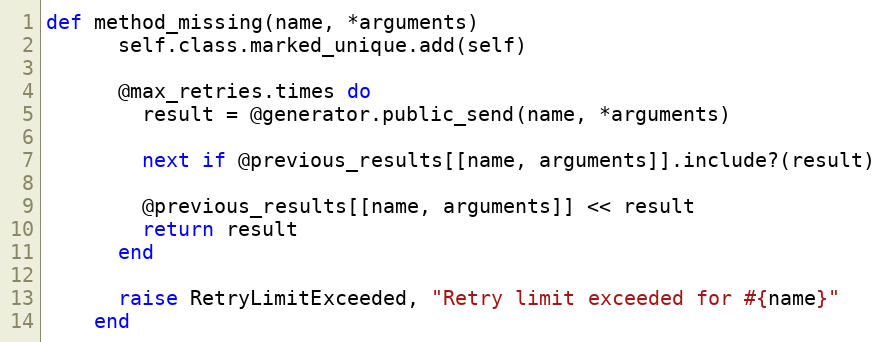
Language: Ruby
def method_missing(name, *arguments)
      self.class.marked_unique.add(self)

      @max_retries.times do
        result = @generator.public_send(name, *arguments)

        next if @previous_results[[name, arguments]].include?(result)

        @previous_results[[name, arguments]] << result
        return result
      end

      raise RetryLimitExceeded, "Retry limit exceeded for #{name}"
    end